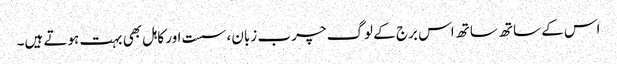
اس کے ساتھ ساتھ اس برج کے لوگ چرب زبان ، سست اور کاہل بھی بہت ہوتے ہیں۔